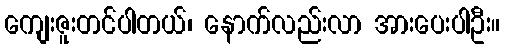
ကျေးဇူးတင်ပါတယ်၊ နောက်လည်းလာ အားပေးပါဦး။